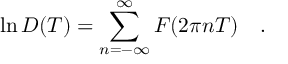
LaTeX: \ln { \cal D } ( T ) = \sum _ { n = - \infty } ^ { \infty } F ( 2 \pi n T ) ~ ~ ~ .